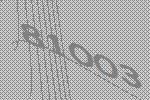
81003